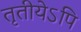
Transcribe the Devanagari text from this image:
तृतीयेऽपि